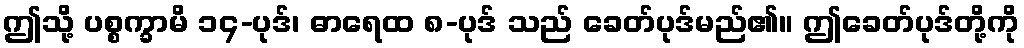
ဤသို့ ပစ္စက္ခာမိ ၁၄-ပုဒ်၊ ဓာရေထ ၈-ပုဒ် သည် ခေတ်ပုဒ်မည်၏။ ဤခေတ်ပုဒ်တို့ကို